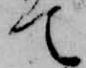
て